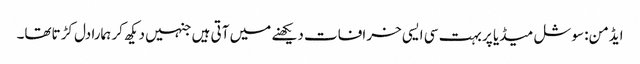
ایڈمن: سوشل میڈیا پر بہت سی ایسی خرافات دیکھنے میں آتی ہیں جنہیں دیکھ کر ہمارا دل کڑتاتھا۔